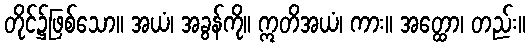
တိုင်၌ဖြစ်သော။ အယံ၊ အခွန်ကို။ ဣတိအယံ၊ ကား။ အတ္ထော၊ တည်း။